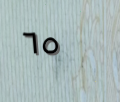
٦٥